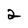
Character: 2